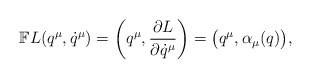
\begin{align*}\mathbb{F}L(q^\mu, \dot q^\mu) = \bigg(q^\mu, \frac{\partial L}{\partial \dot q^\mu} \bigg) = \big( q^\mu,\alpha_\mu (q) \big),\end{align*}